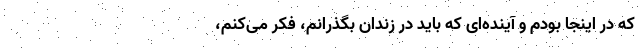
که در اینجا بودم و آینده‌ای که باید در زندان بگذرانم، فکر می‌کنم،